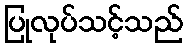
ပြုလုပ်သင့်သည်